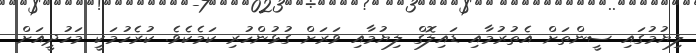
ލިޔުމުގައި ސީންތަށް އެތުރުމާއި ޑައިލޮގް ލިޔުމާއި ވަރަށް ގުޅުންހުރި ކަމެކެވެ. ކުރެހުމަކީ މަހުދީއަށް